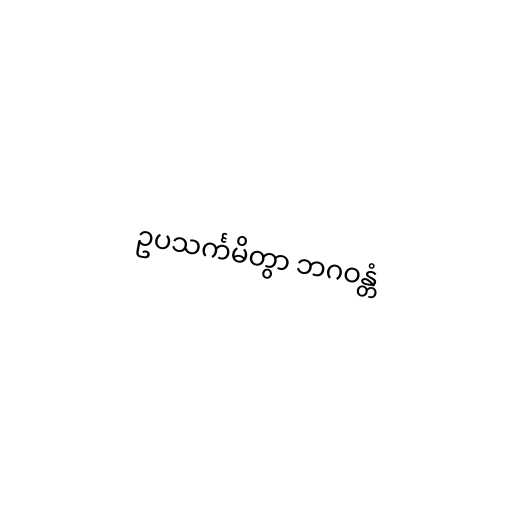
ဥပသင်္ကမိတွာ ဘဂဝန္တံ